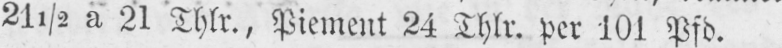
21½ a 21 Thlr., Piement 24 Thlr. per 101 Pfd.